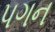
પગન